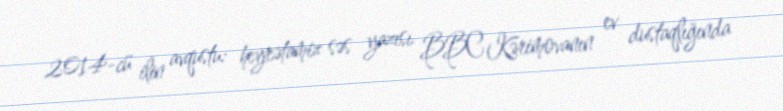
2014-cü ilin avqustu: heyrətamiz səs yazısı BBC Kərimovanın ev dustaqlığında